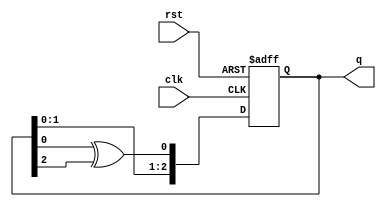
module lfsr(
    input clk,rst,
    output reg[2:0] q
    );
always @(posedge clk , posedge rst)
begin
if(rst)
q<=3'b100;
else
q<={q[1],q[0],(q[0]^q[2])};

end
endmodule